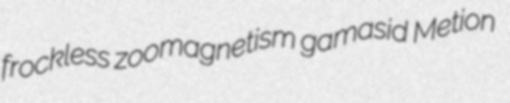
frockless zoomagnetism gamasid Metion